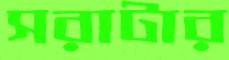
সরাটার